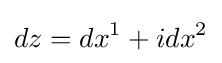
dz=dx^{1}+idx^{2}